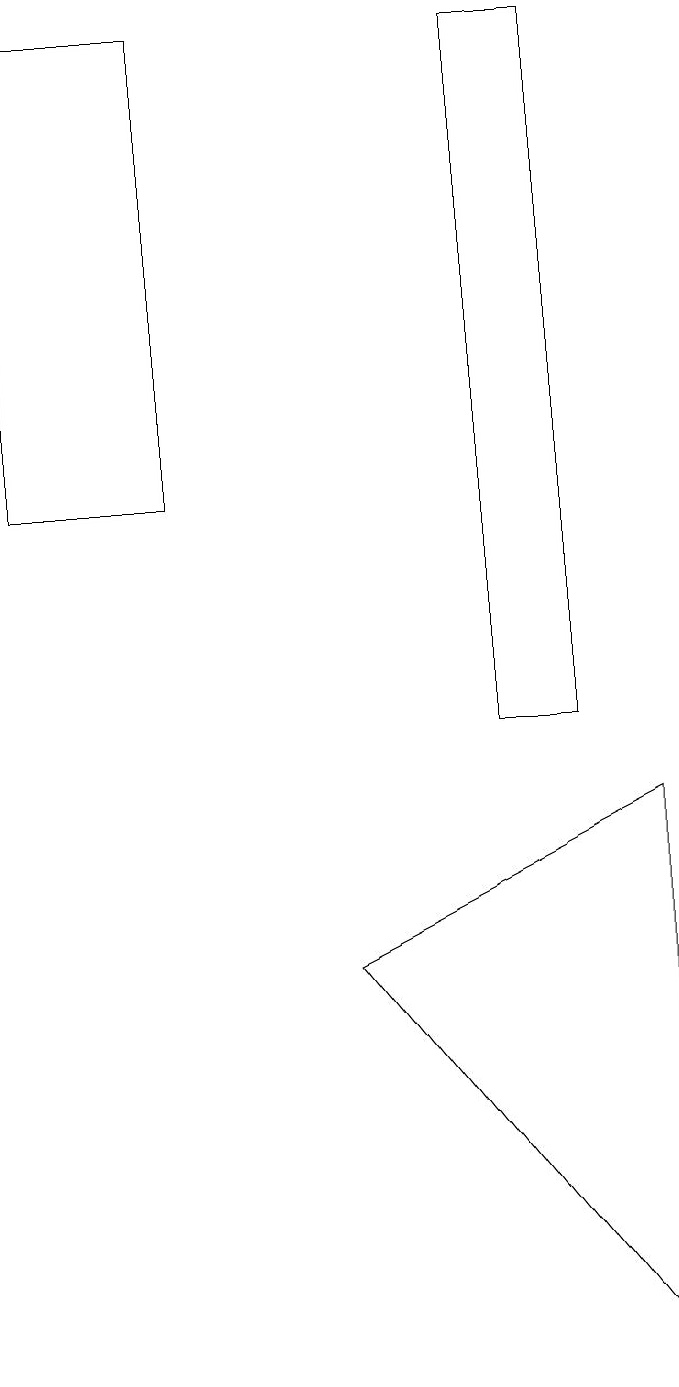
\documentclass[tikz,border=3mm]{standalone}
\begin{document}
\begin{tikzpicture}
\draw (3,19) rectangle (1,13);
\draw (5,7) -- (9,9) -- (9,2) -- cycle;
\draw (8,19) rectangle (7,10);
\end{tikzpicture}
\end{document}